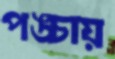
পঙ্চায়